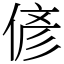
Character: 偐